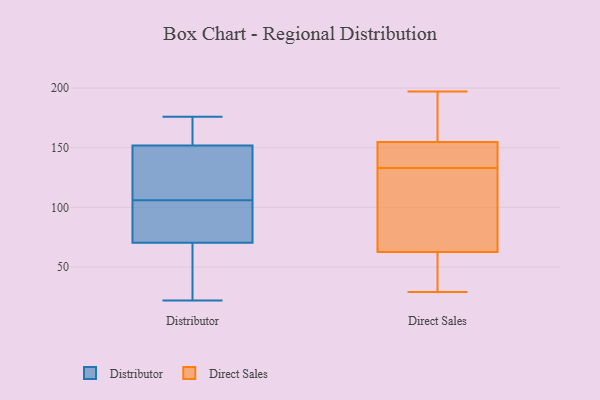
{"axis": {"x": "Market Share (%)", "y": "Value"}, "legend": ["Direct Sales", "Distributor"], "data": [{"x": "", "y": 28, "type": "Distributor"}, {"x": "", "y": 66, "type": "Distributor"}, {"x": "", "y": 118, "type": "Distributor"}, {"x": "", "y": 92, "type": "Distributor"}, {"x": "", "y": 22, "type": "Distributor"}, {"x": "", "y": 129, "type": "Distributor"}, {"x": "", "y": 154, "type": "Distributor"}, {"x": "", "y": 106, "type": "Distributor"}, {"x": "", "y": 145, "type": "Distributor"}, {"x": "", "y": 85, "type": "Distributor"}, {"x": "", "y": 176, "type": "Distributor"}, {"x": "", "y": 155, "type": "Distributor"}, {"x": "", "y": 169, "type": "Distributor"}, {"x": "", "y": 30, "type": "Distributor"}, {"x": "", "y": 83, "type": "Distributor"}, {"x": "", "y": 33, "type": "Direct Sales"}, {"x": "", "y": 155, "type": "Direct Sales"}, {"x": "", "y": 154, "type": "Direct Sales"}, {"x": "", "y": 57, "type": "Direct Sales"}, {"x": "", "y": 174, "type": "Direct Sales"}, {"x": "", "y": 133, "type": "Direct Sales"}, {"x": "", "y": 180, "type": "Direct Sales"}, {"x": "", "y": 102, "type": "Direct Sales"}, {"x": "", "y": 147, "type": "Direct Sales"}, {"x": "", "y": 79, "type": "Direct Sales"}, {"x": "", "y": 126, "type": "Direct Sales"}, {"x": "", "y": 141, "type": "Direct Sales"}, {"x": "", "y": 197, "type": "Direct Sales"}, {"x": "", "y": 29, "type": "Direct Sales"}, {"x": "", "y": 45, "type": "Direct Sales"}]}